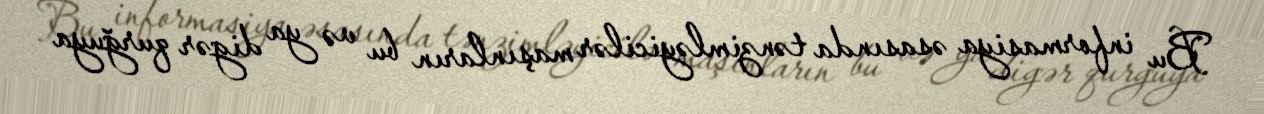
Bu informasiya əsasında tənzimləyicilər maşınların bu və ya digər qurğuya